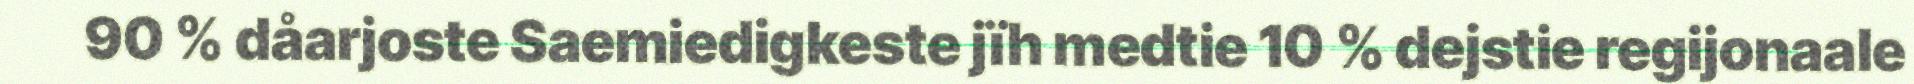
90 % dåarjoste Saemiedigkeste jïh medtie 10 % dejstie regijonaale